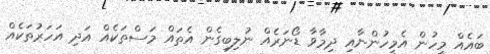
ބައެއް މީހުން އެމީހުންނާއި ދިމާވާ ޑޯނަރެއް ނުލިބިގެން އެތައް މަސްތަކެއް އަދި އަހަރުތަކެއް